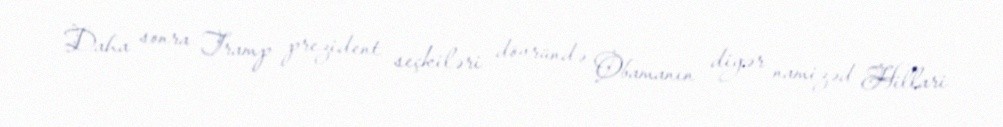
Daha sonra Tramp prezident seçkiləri dövründə Obamanın digər namizəd Hillari